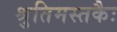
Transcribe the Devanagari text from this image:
श्रुतिमस्तकैः